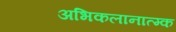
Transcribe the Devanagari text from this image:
अभिकलानात्म्क